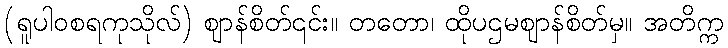
(ရူပါဝစရကုသိုလ်) ဈာန်စိတ်၎င်း။ တတော၊ ထိုပဌမဈာန်စိတ်မှ။ အတိက္က